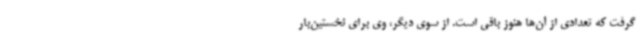
گرفت که تعدادی از آن‌ها هنوز باقی است. از سوی دیگر، وی برای نخستین‌بار